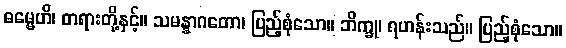
ဓမ္မေဟိ၊ တရားတို့နှင့်။ သမန္နာဂတော၊ ပြည့်စုံသော။ ဘိက္ခု၊ ရဟန်းသည်။ ပြည့်စုံသော။